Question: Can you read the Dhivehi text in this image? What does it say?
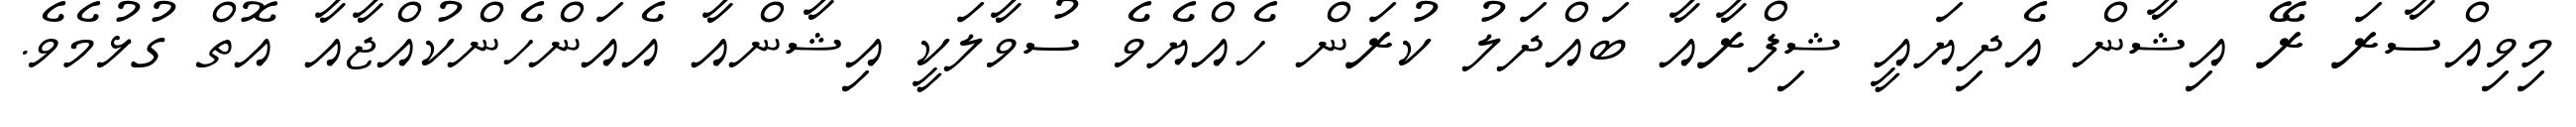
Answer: މިވިއްސާރަ ރޭ އިޝާން އެދިޔައީ ޝިފްރާއާ ބައްދަލު ކުރަން ހެއްޔެވެ ސުވާލަކީ އިޝާންއާ އެއަންހެންކުއްޖާއާ އޮތް ގުޅުމެވެ.